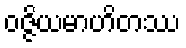
ဝဇ္ဇိယမာဟိတဿ